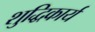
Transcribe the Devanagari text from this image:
शुद्धिकार्य